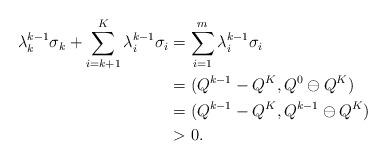
LaTeX: \begin{align*}\lambda^{k-1}_k\sigma_k+\sum_{i=k+1}^K\lambda^{k-1}_i\sigma_i&=\sum_{i=1}^m\lambda^{k-1}_i\sigma_i\\&=(Q^{k-1}-Q^K,Q^0\ominus Q^K)\\&=(Q^{k-1}-Q^K,Q^{k-1}\ominus Q^K)\\&>0.\end{align*}